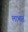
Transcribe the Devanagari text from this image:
लाभात